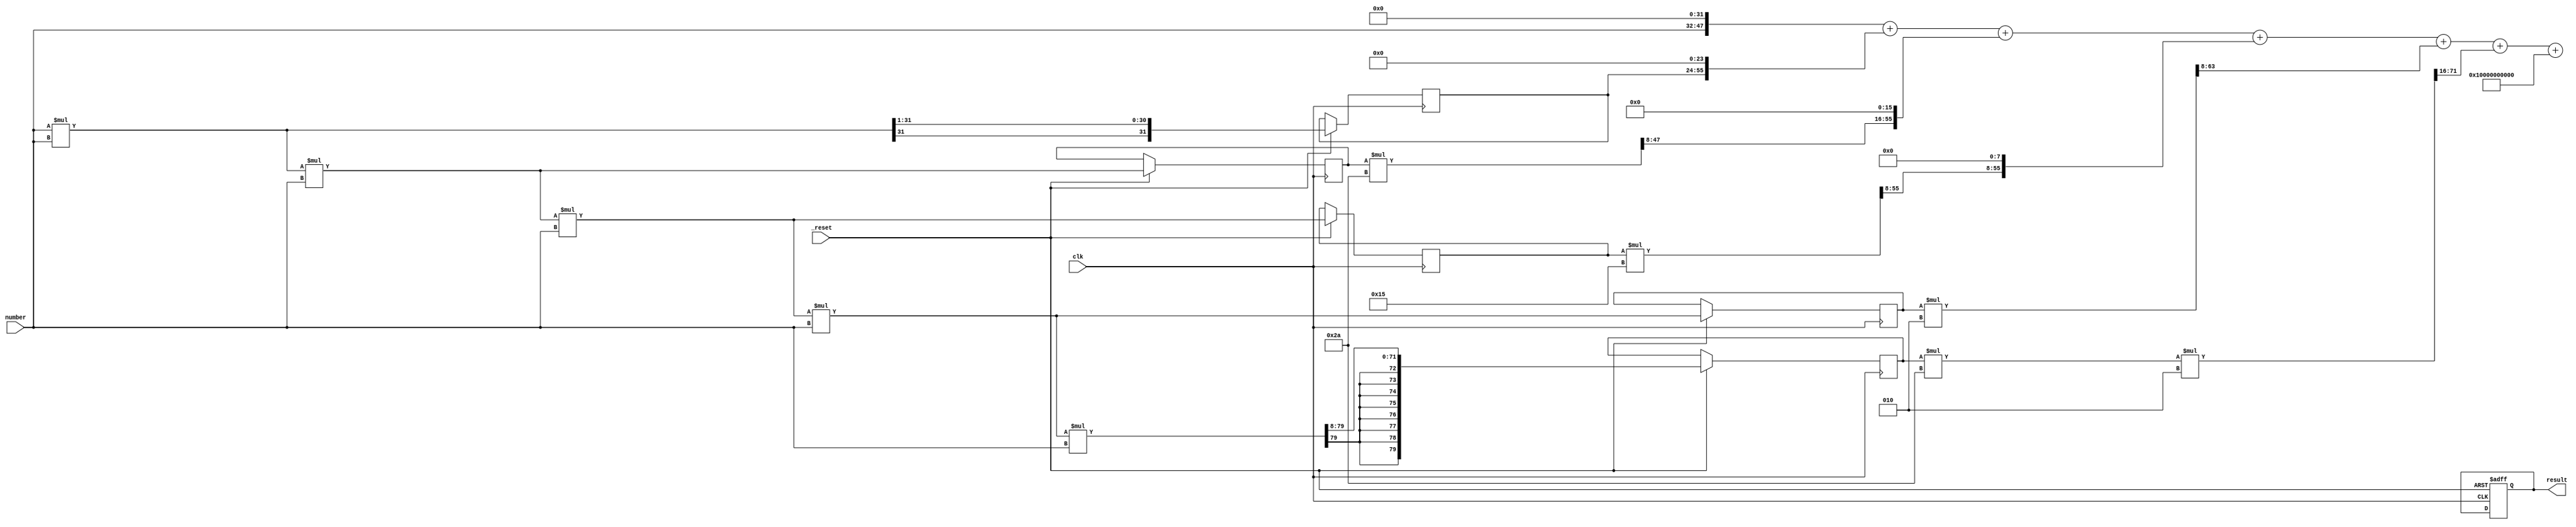

module Exponent #(parameter width=8)
				(
				input clk, _reset,
				input signed[2*width-1:0] number, //16 bit [8 integers, 8 fractions]
				output reg   [4*width-1:0] result //32 bit
				);
				
//find the exponent using taylor series expansion up to 6 terms, 
// 1+x+x^2/2+x^3/6+x^4/12+x^5/120 
// 1/2= 0.5    1/4= 0.25  1/6= 0.1666666  1/12=0.083333  1/120=0.00833333 1/720=0.001388 
//0.5-->00000000.10000000
//0.25-->00000000.01000000
//0.1666-->00000000.00101010 (002A)h
//0.083333 -->00000000.00010101 (0015)h
//0.00833333 -->00000000.00000010  (0002)h
reg signed [4*width-1:0] square=0,square2=0; //32 bits, point at bit number 16
reg signed [6*width-1:0] cube=0,cube2=0 ; //48 bits, point at bit number   24
reg signed [8*width-1:0] fourth=0,fourth2=0; //64 bits, point at bit number  32
reg signed [10*width-1:0] fifth=0,fifth2=0; //80 bits, point at bit number  40
reg signed [10*width-1:0] sixth=0,sixth2=0 ; //80 bits, point at bit number  40
reg signed [10*width-1:0] sum=0; //80 bits
always @(posedge clk or negedge _reset)
begin
	if(!_reset)
		result<='b0;
	else
	begin
	square <= (number * number)>>>1 ;// 32 bits, 16 bit after the point. shifted by 1 to represent (/2)
	cube <= number * number * number;
	
	fourth <= number * number * number * number;
	
	fifth <= (number * number * number * number * number);
	sixth <= (number * number * number * number * number * number)>>>8;//remove least 8 bits, and assign rsulting 88 bits into 80(removing 8 MS Bits)
	
	end

end

always @(square,cube,fourth,fifth,number,sixth)
begin
	cube2=(cube*16'sb00000000_00101010)>>>8;
	fourth2=(fourth* 16'sb00000000_00010101)>>>8;
	fifth2=(fifth*16'sb00000000_00000010)>>>8;
	sixth2=(sixth*16'sb00000000_00101010* 16'sb00000000_00000010)>>>16;
	
	sum =(number<<<32)+(square<<<24)+(cube2<<<16)+(fourth2<<<8)+fifth2+sixth2+80'sh0000000001_0000000000;
	result=sum>>>24;
end

endmodule